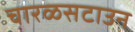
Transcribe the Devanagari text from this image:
चारळसटाउन